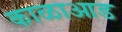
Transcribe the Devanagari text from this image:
काळाआड